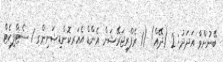
ބޭނުންވާ އަދަދު: 2 (ދޭއް) (1 ރެފްރިޖަރޭޝަން އެންޑް އެއަރކޮންޑިޝަނިންގ 1 ސެޓްފިކެޓް